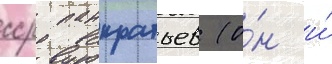
сср панкратьев (о́н и́